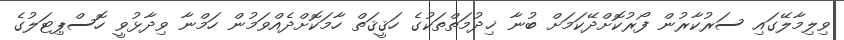
ވިލިމާލޭގައި ސަރުކާރުން ފޯރުކޮށްދޭކަމަށް ބުނާ ޚިދުމަތްތަކުގެ ހަޤީޤަތް ހާމަކޮށްދެއްވަމުން ހަމްނާ ވިދާޅުވީ ހޮސްޕިޓަލުގެ